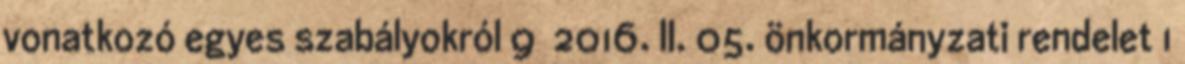
vonatkozó egyes szabályokról 9 2016. II. 05. önkormányzati rendelet 1